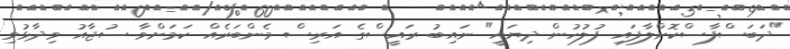
"ދަބަސްފާސްކޮށްލާފައި ފުލުުހުން ދިޔައީ" ނައިބު ރައީސްގެ އަރިސް މެންބަރެއް ކަމަށްވާ ސުޖާއު ވިދާޅުވި